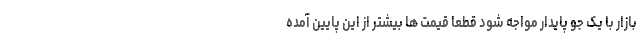
بازار با یک جو پایدار مواجه شود قطعا قیمت ها بیشتر از این پایین آمده